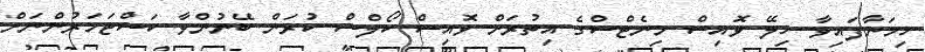
ހިމަނާފައިވާ ހިލޭ ވޮއިސް މިނެޓްސްގެ އިތުރަށް ވޮއިސް ކޯލްސް ކުރަން ބޭނުންވާ ކަސްޓަމަރުންނަށް